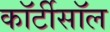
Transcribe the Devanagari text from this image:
कॉर्टीसॉल